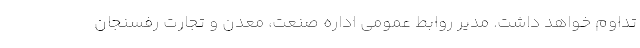
تداوم خواهد داشت. مدیر روابط عمومی اداره صنعت، معدن و تجارت رفسنجان